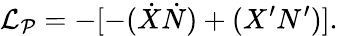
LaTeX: {\cal L_{P}}=-[-(\dot{X}\dot{N})+(X^{\prime}N^{\prime})].